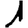
Digit: 1